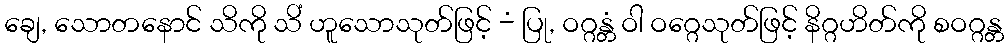
ချေ, သောတနောင် သိကို သိံ ဟူသောသုတ်ဖြင့် -ံ ပြု, ဝဂ္ဂန္တံ ဝါ ဝဂ္ဂေသုတ်ဖြင့် နိဂ္ဂဟိတ်ကို စဝဂ္ဂန္တ